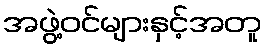
အဖွဲ့ဝင်များနှင့်အတူ